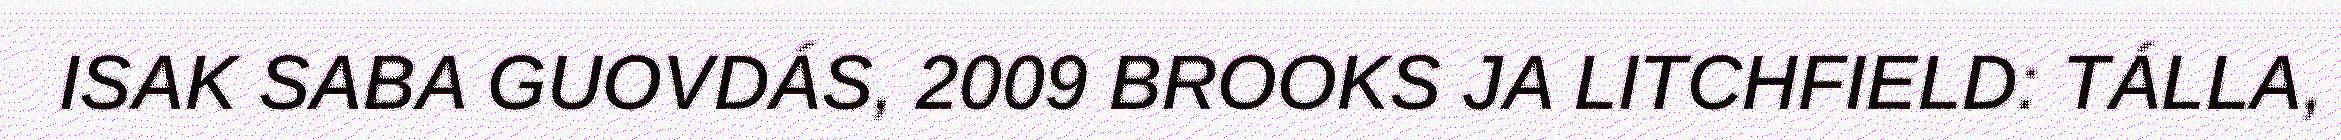
ISAK SABA GUOVDÁS, 2009 BROOKS JA LITCHFIELD: TÁLLA,